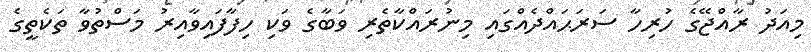
މިއަދު ރާއްޖޭގެ ހުރިހާ ސަރަޙައްދެއްގައި މިނުރައްކާތެރި ވަބާގެ ވަކި ހިފާފައިވާއިރު މަސްތުވާ ތަކެތީގެ